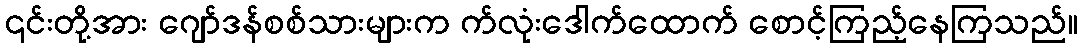
၎င်းတို့အား ဂျော်ဒန်စစ်သားများက က်လုံးဒေါက်ထောက် စောင့်ကြည့်နေကြသည်။